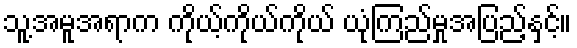
သူ့အမူအရာက ကိုယ့်ကိုယ်ကိုယ် ယုံကြည်မှုအပြည့်နှင့်။